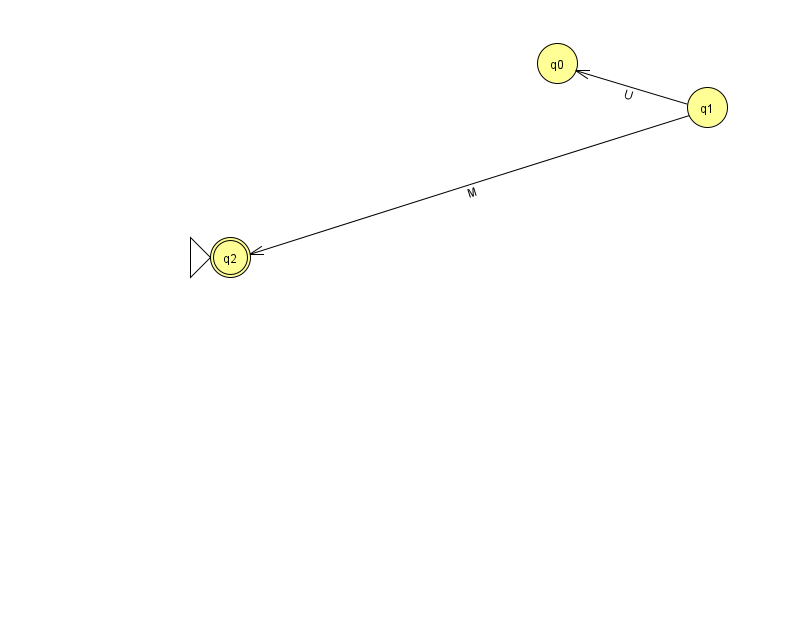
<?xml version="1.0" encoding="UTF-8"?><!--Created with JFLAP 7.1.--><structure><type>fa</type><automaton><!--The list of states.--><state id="0" name="q0"><x>557.0</x><y>50.0</y></state><state id="1" name="q1"><x>707.0</x><y>94.0</y></state><state id="2" name="q2"><x>230.0</x><y>244.0</y><initial/><final/></state><!--The list of transitions.--><transition><from>1</from><to>0</to><read>U</read></transition><transition><from>1</from><to>2</to><read>M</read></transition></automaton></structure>